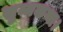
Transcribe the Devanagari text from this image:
सुम्मकथा।